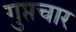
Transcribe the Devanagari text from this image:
गुप्तचार